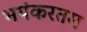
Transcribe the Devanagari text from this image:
भयंकरतम